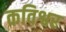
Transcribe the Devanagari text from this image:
कविश्वर